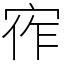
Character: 宱